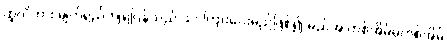
ထူလိကား မျက်ရည်ကျရပြန်သည် သင်ကြားပေးမည်ဖြစ်၍ မည်အ တစ်အိမ်မှတစ်အိမ်